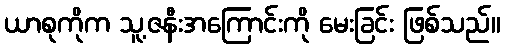
ယာစုကိုက သူ့ဇနီးအကြောင်းကို မေးခြင်း ဖြစ်သည်။